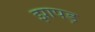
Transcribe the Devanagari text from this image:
झापड़